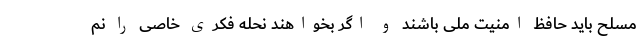
مسلح باید حافظ امنیت ملی باشند و اگر بخواهند نحله فکری خاصی را نم